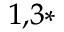
^ { 1 , 3 \ast }